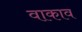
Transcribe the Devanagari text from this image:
वाकाव